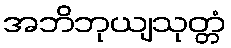
အဘိဘုယျသုတ္တံ